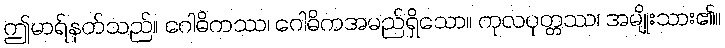
ဤမာရ်နတ်သည်။ ဂေါဓိကဿ၊ ဂေါဓိကအမည်ရှိသော။ ကုလပုတ္တဿ၊ အမျိုးသား၏။